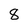
Character: 8